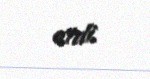
etdi.